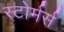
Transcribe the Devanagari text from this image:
स्टोर्मर्स